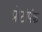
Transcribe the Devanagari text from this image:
प्रोटोपंक